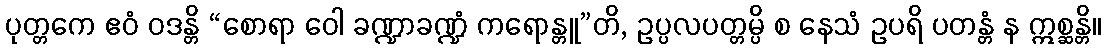
ပုတ္တကေ ဧဝံ ဝဒန္တိ “စောရာ ဝေါ ခဏ္ဍာခဏ္ဍံ ကရောန္တူ”တိ, ဥပ္ပလပတ္တမ္ပိ စ နေသံ ဥပရိ ပတန္တံ န ဣစ္ဆန္တိ။